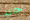
جيد